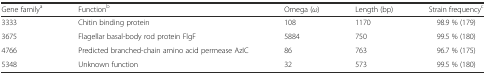
<table><thead><tr><td><b>Gene family<sup>a</sup></b></td><td><b>Function<sup>b</sup></b></td><td><b>Omega (<i>ω</i>)</b></td><td><b>Length (bp)</b></td><td><b>Strain frequency<sup>c</sup></b></td></tr></thead><tbody><tr><td>3333</td><td>Chitin binding protein</td><td>108</td><td>1170</td><td>98.9 % (179)</td></tr><tr><td>3675</td><td>Flagellar basal-body rod protein FlgF</td><td>5884</td><td>750</td><td>99.5 % (180)</td></tr><tr><td>4766</td><td>Predicted branched-chain amino acid permease AzIC</td><td>86</td><td>763</td><td>96.7 % (175)</td></tr><tr><td>5348</td><td>Unknown function</td><td>32</td><td>573</td><td>99.5 % (180)</td></tr></tbody></table>